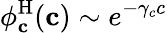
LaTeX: \phi_{\mathbf{c}}^{\mathrm{H}}(\mathbf{c})\sim e^{-\gamma_{c}c}